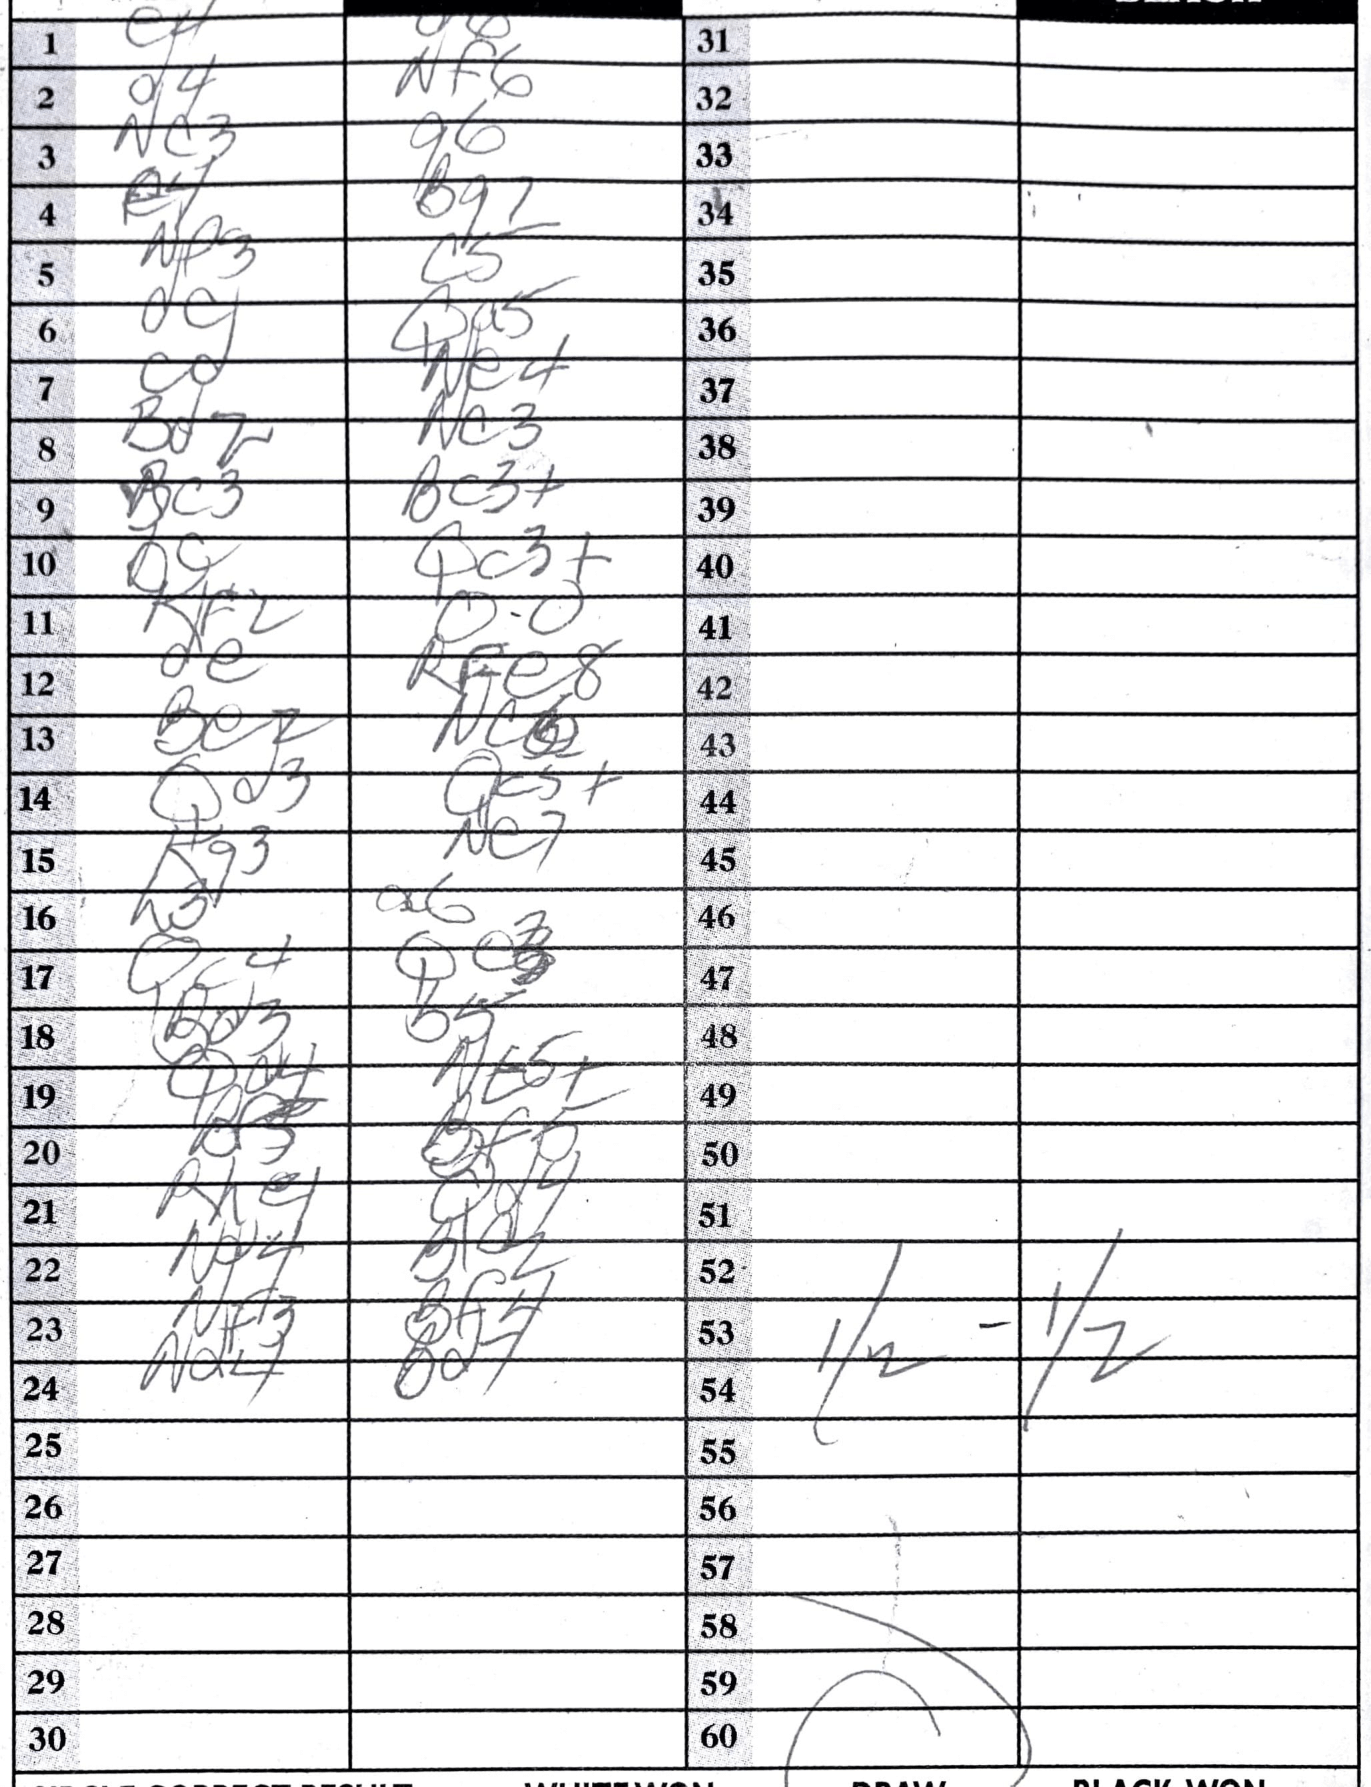
Moves: c4 d6 d4 Nf6 Nc3 g6 e4 Bg7 Nf3 c5 Qa5 Ne4 Bd2 Nc3 Bc3 Bc3+ Qc3+ Kf2 O-O Rfe8 Be2 Nc6 Qd3 Qc3+ Kg3 Nc7 h3 a6 Qc4 Bd3 b5 Qd4 Bf5 Rh4 Qd4 Nd4 Nf3 Bf4 Nd4 Bd7